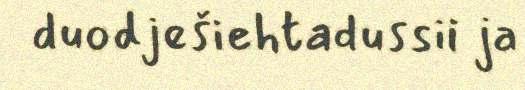
duodješiehtadussii ja